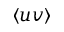
\langle u v \rangle